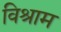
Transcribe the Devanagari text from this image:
विश्राम